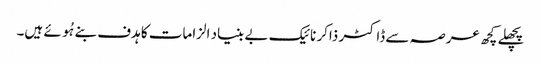
پچھلے کچھ عرصہ سے ڈاکٹر ذاکر نائیک بے بنیاد الزامات کا ہدف بنے ہُوئے ہیں۔